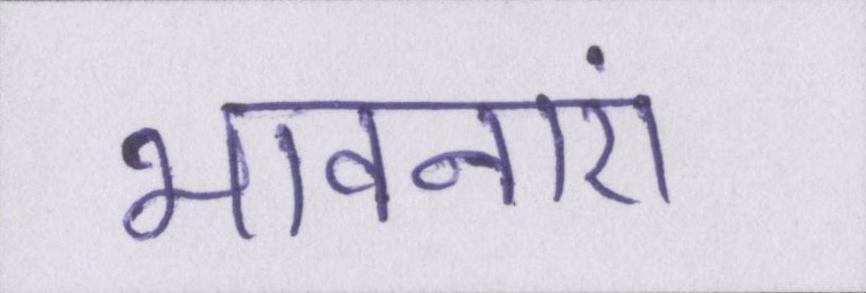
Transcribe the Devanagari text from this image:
भावनाएं